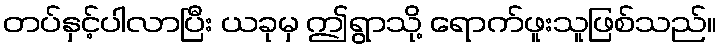
တပ်နှင့်ပါလာပြီး ယခုမှ ဤရွာသို့ ရောက်ဖူးသူဖြစ်သည်။